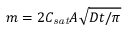
m = 2 C _ { \mathit { s a t } } A \sqrt { D t / \pi }